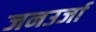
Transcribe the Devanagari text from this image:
जनउर्जा